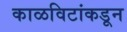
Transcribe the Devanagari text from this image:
काळविटांकडून